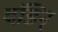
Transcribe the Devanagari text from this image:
दंडिन्